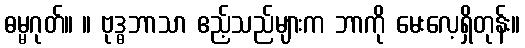
ဓမ္မဂုတ်။ ။ ဗုဒ္ဓဘာသာ ဧည့်သည်များက ဘာကို မေးလေ့ရှိတုန်း။